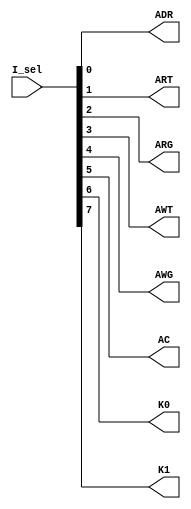
module INC_decoder(I_sel,ADR,ART,ARG,AWT,AWG,AC,K0,K1);

input [7:0] I_sel;
output ADR,ART,ARG,AWT,AWG,AC,K0,K1;

assign ADR = I_sel[0];
assign ART = I_sel[1];
assign ARG = I_sel[2];
assign AWT = I_sel[3];
assign AWG = I_sel[4];
assign AC  = I_sel[5];
assign K0  = I_sel[6];
assign K1  = I_sel[7];



endmodule